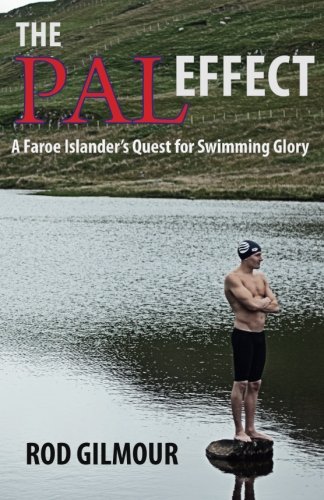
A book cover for The Pal Effect: A Faroe Islander's Quest for Swimming Glory; Rod Gilmour; Sports & Outdoors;